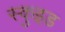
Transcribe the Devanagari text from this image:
स्कुइड